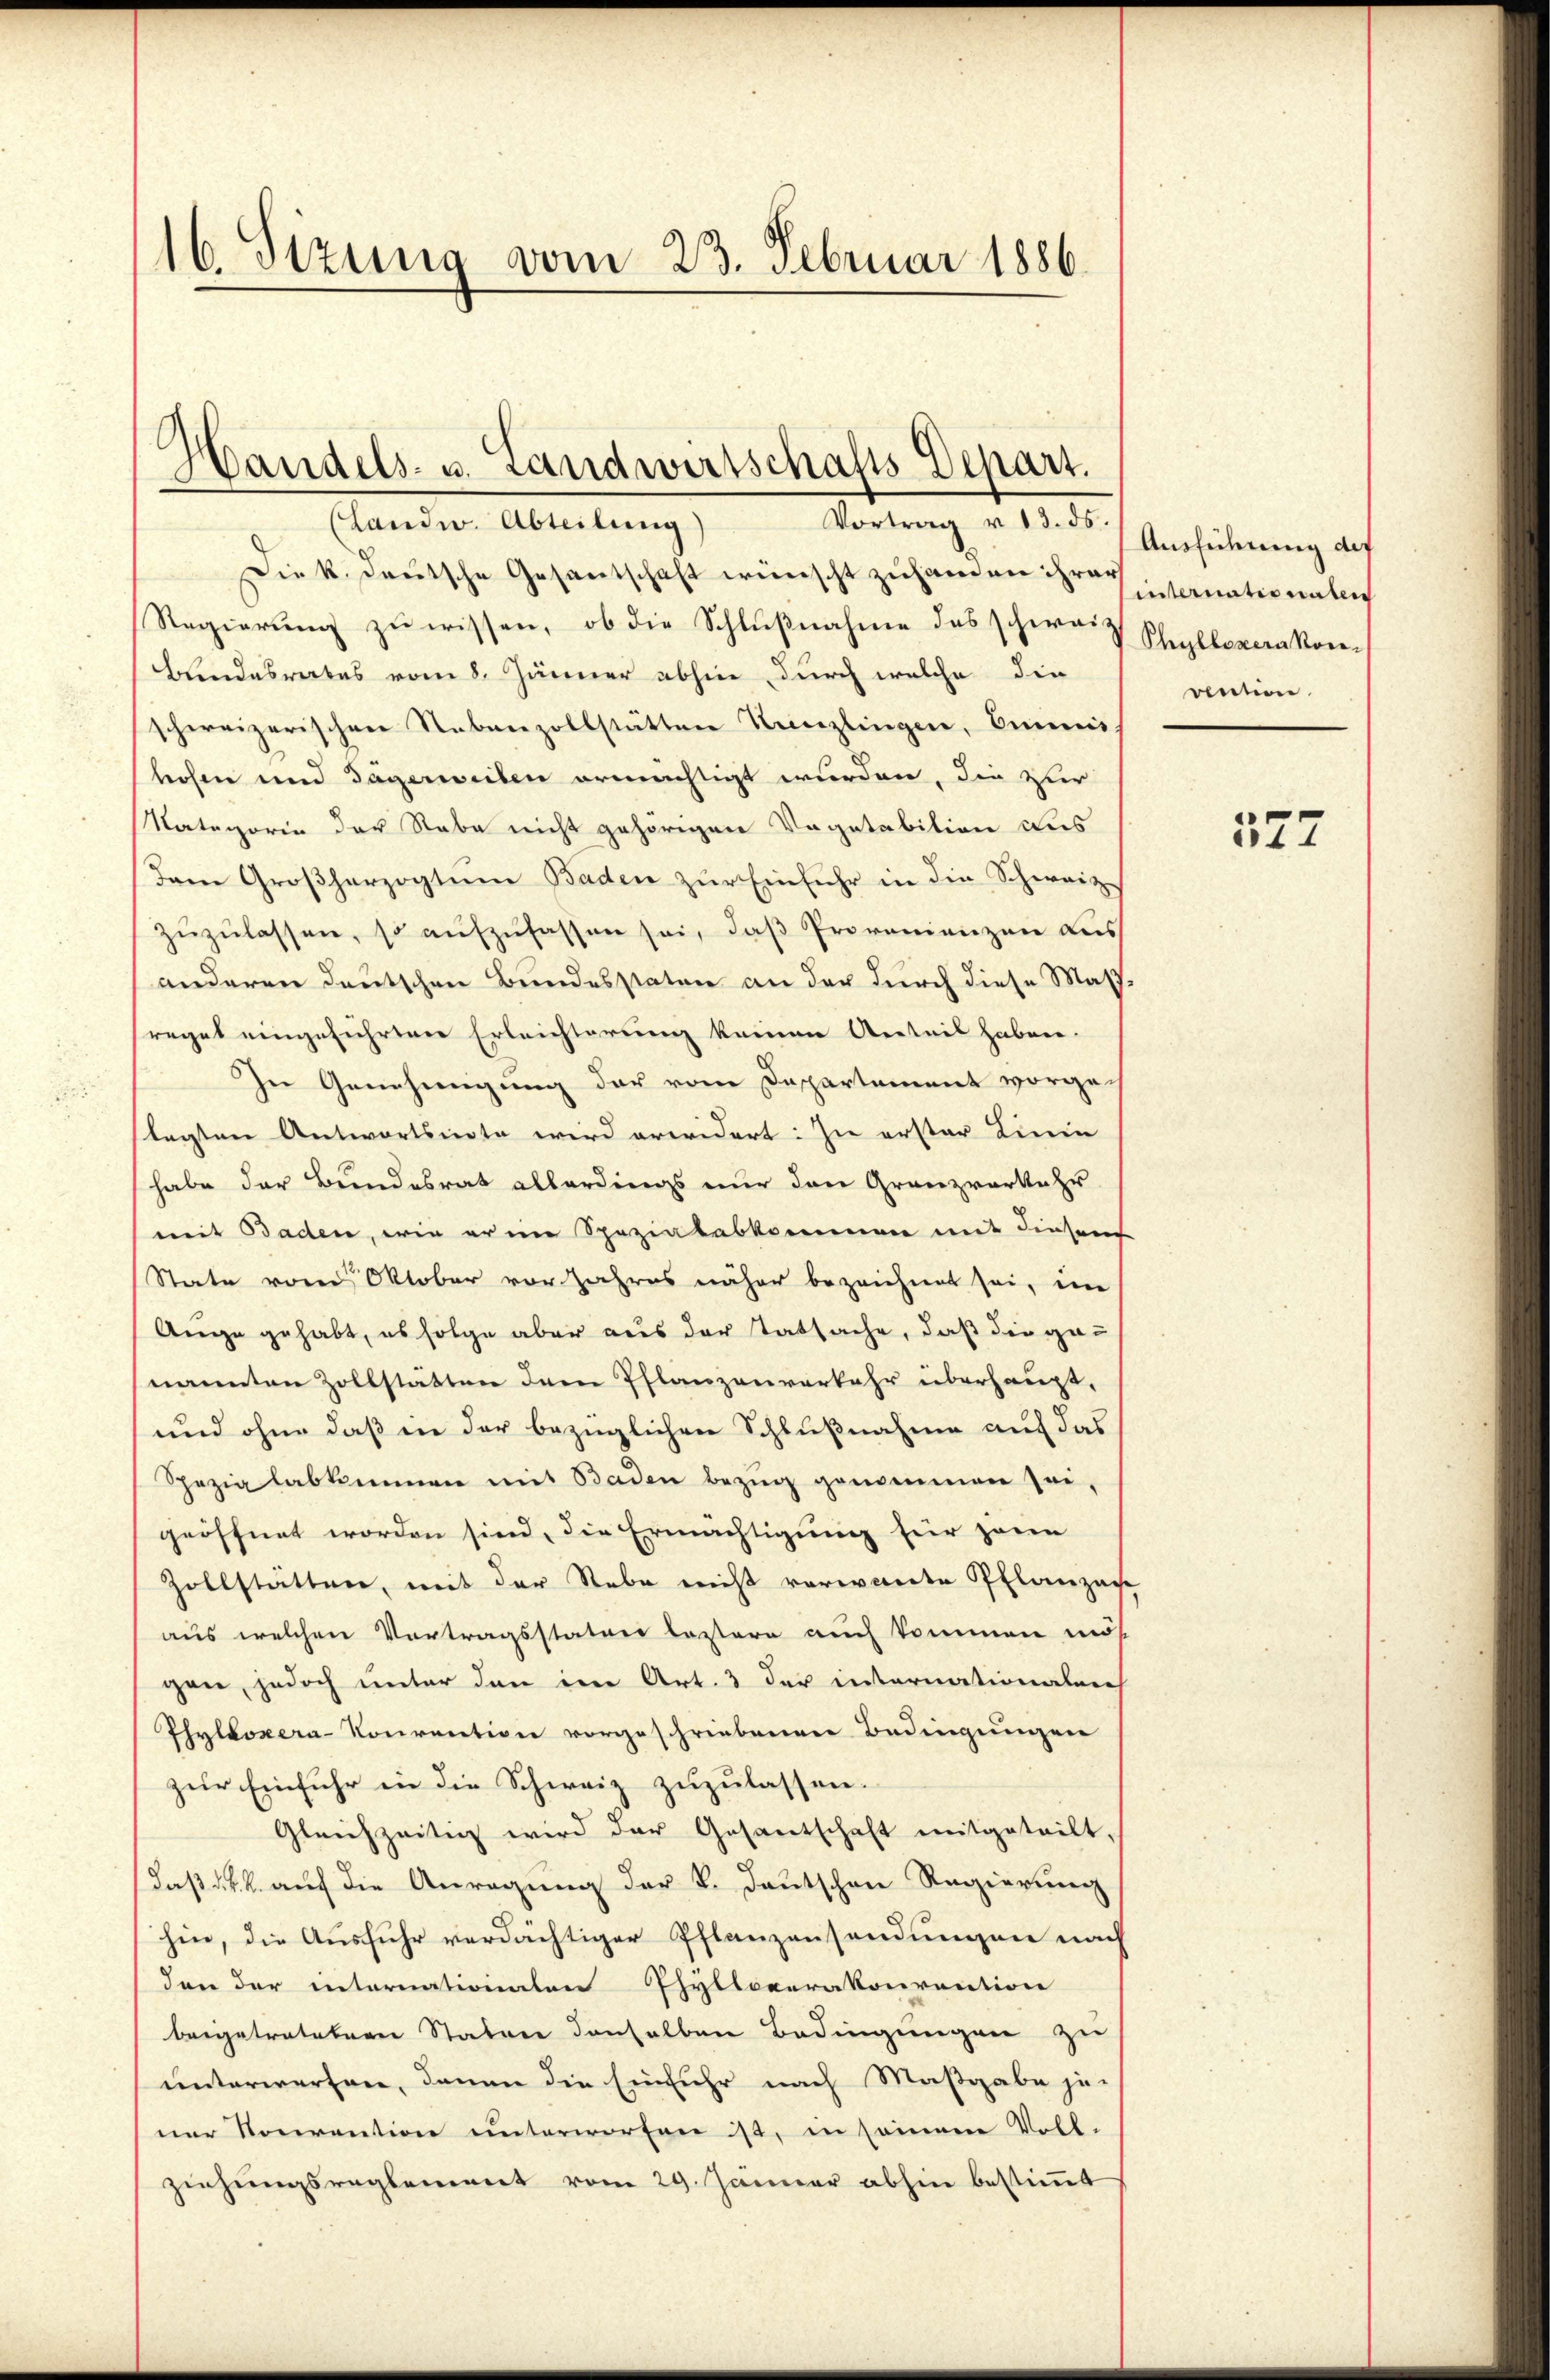
16. Sizung vom 23. Februar 1886.

Handels- u. Landwirtschafts Depart.

Vortrag u. 13. ds.
(Landw. Abteilung
Die k. Deutsche Gesantschaft wünscht zuhanden ihrer
Regierung zu wissen, ob die Schlußnahme des schweiz
Blindesrates vom 8. Jänner abhin, durch welche die
schweizerischen Nebenzollstätten Kreuzlingen, Einmis
hohen und Gagerweiten ermächtigt wurden, die zur
Nategorie der Rabe nicht gehörigen Vegetabition aus
dam Großherzogtum Baden zŭr Einfuhr in die Schweiz
zŭzŭlassen, so aufzufassen sei, daβ Provenienzen aus
anderen deutschen Bundesstaten an der durch diese Masreget eingeführten Erleichterung keinen Anteil haben.
In Genehmigung der vom Departement vorgelagten Antwortsnote wird erwidert: In erster Linie
habe der Bundesrat allerdings nur den Granzverkehr
mit Baden, wie er im Spezialabkommen mit diesem
State vom Oktober vor Jahres näher bezeichnet sei, in
Auge gehabt, es folge aber aus der Tatsache, daß die gan
nannten Zollstatten dem Pflanzenverkehr überhaupt,
und ohne daß in der bezüglichen Schlußnahme auf das
Spezialabkommen mit Baden bezug genommen sei,
geöffnet worden sind, die Ermächtigung für hern
Zollstätten, mit der Rebe nicht vorwandte Pflanzose
aus welchen Vortragsstatuer lastern auch kommen mös
gane, jedoch unter den in Art. 3 der internationalen
Phylboxera-Kourention vorgeschriebenen Bedingungen
zur Einfuhr in die Schweiz zuzulassen.
Gleichzeitig wird der Gesantschaft mitgeteilt,
das k. k. auf die Anregung der k. Deutschen Regierung
hin, die Ausfuhr verdächtiger Pflanzensendungen nach
den der internationalen Phylloverakorrention
beigetratetern Stature denselben Bedingungen zu
unterwerfen, denen die Einfuhr nach Maßgabe jener Konvention unterworfen ist, in seinem Voll-
ziehungsreglement vom 29. Januar abhin bestimmt

Ausführung des
sinternationatlic
Phyllozerakor.
vention.

577